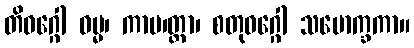
တိဝဂ္ဂေါ ဓမ္မ၊ ကာမ၊တ္ထာ၊ စတုဝဂ္ဂေါ သမောက္ခကာ။